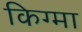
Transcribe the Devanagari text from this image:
किग्मा